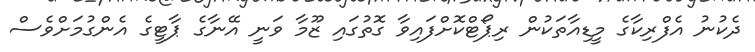
ދެކުނު އެފްރިކާގެ މީޑިއާތަކުން ރިޕޯޓްކޮށްފައިވާ ގޮތުގައި ޒޫމާ ވަނީ އޭނާގެ ޕާޓީގެ އެންގުމަށްވެސް